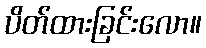
ပိတ်ထားခြင်းလော။